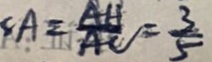
8 A = \frac { A H } { A C } = \frac { 3 } { 5 }